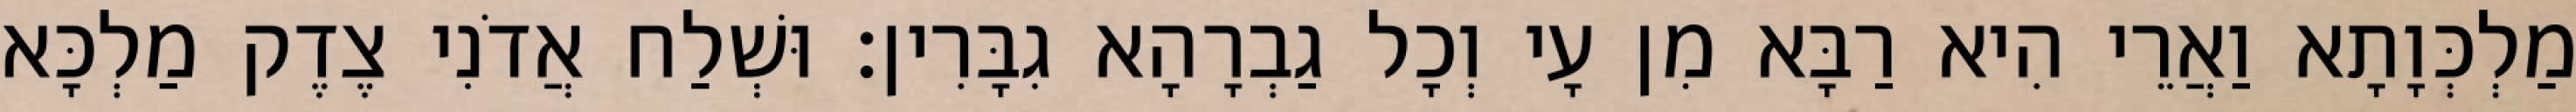
מַלְכְּוָתָא וַאֲרֵי הִיא רַבָּא מִן עָי וְכָל גַבְרָהָא גִבָּרִין׃ וּשְׁלַח אֲדֹנִי צֶדֶק מַלְכָּא